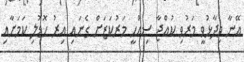
އޭނާ ވިދާޅުވީ މަރުވި ކުއްޖާ ސިއްހީ މަރުކަޒަށް ގެނައި އިރު ހޮޑުލި ކަމަށާއި